Vaccination United Provinces of Agra and Oudh 1914-1922 - 1914-1922
Year: 1914
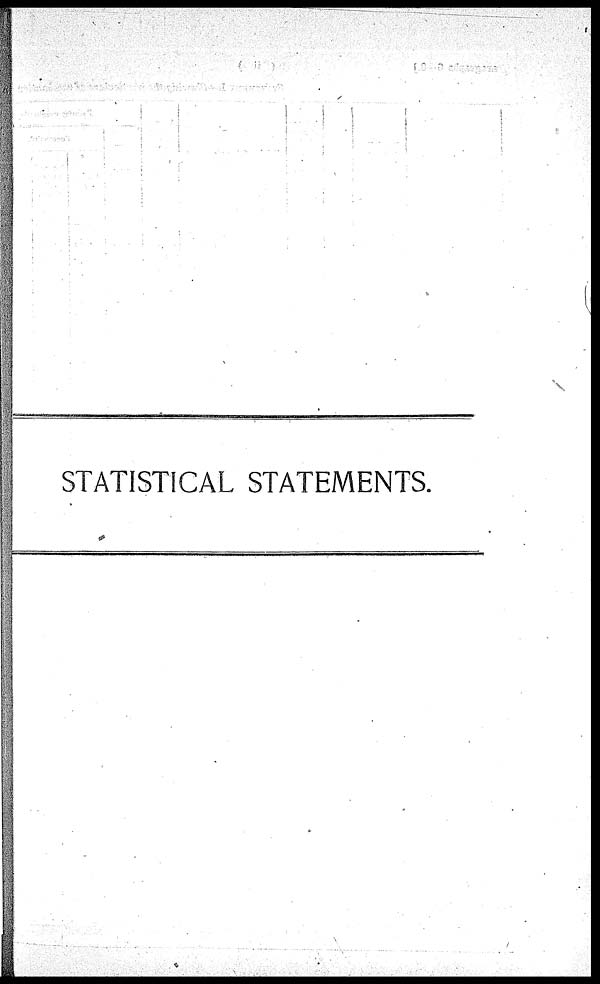
STATISTICAL STATEMENTS.